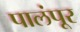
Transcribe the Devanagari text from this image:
पालंपूर